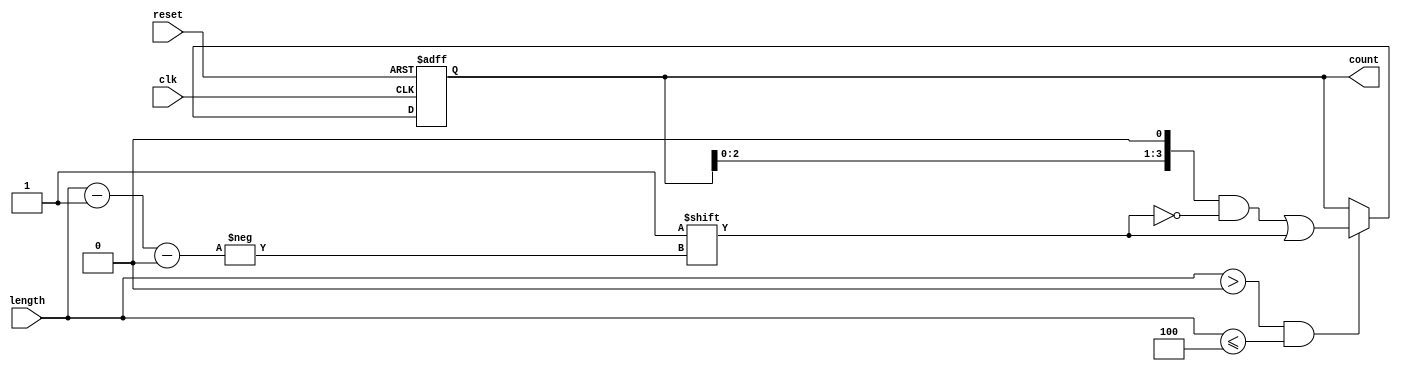
module variable_length_ring_counter #(
    parameter WIDTH = 4 // Default width (number of flip-flops)
)(
    input wire clk,          // Clock input
    input wire reset,        // Asynchronous reset input
    input wire [31:0] length, // Length control (number of states)
    output reg [WIDTH-1:0] count // Counter output
);

    // Internal register to hold the current state
    reg [WIDTH-1:0] state;

    always @(posedge clk or posedge reset) begin
        if (reset) begin
            // Reset the counter to the initial state
            state <= (1 << 0); // Set the first flip-flop to '1'
        end else begin
            // Shift the '1' through the ring
            if (length > 0 && length <= WIDTH) begin
                state <= {state[WIDTH-2:0], state[WIDTH-1]}; // Shift left
                state[0] <= 1'b0; // Ensure the last bit is '0'
                state[length-1] <= 1'b1; // Set the '1' at the appropriate position
            end
        end
    end

    // Assign the internal state to the output
    always @(*) begin
        count = state;
    end

endmodule